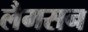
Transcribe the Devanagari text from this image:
लैमसन